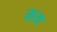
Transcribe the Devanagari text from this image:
यय